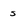
Character: s